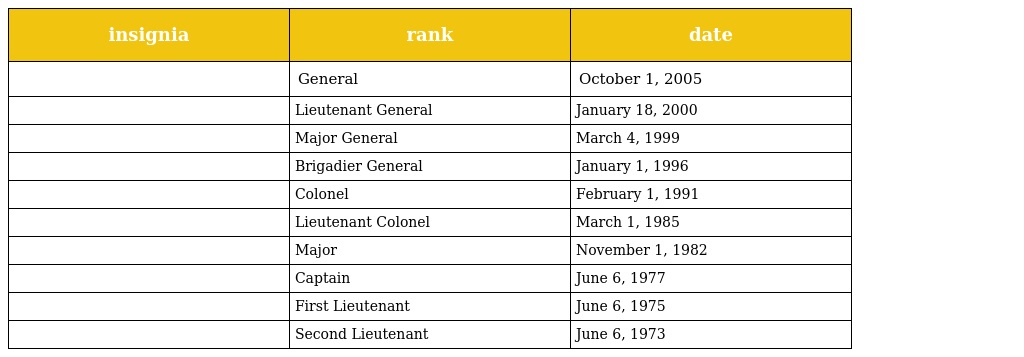
| insignia | rank | date |
 | --- | --- | --- |
 |  | General | October 1, 2005 |
 |  | Lieutenant General | January 18, 2000 |
 |  | Major General | March 4, 1999 |
 |  | Brigadier General | January 1, 1996 |
 |  | Colonel | February 1, 1991 |
 |  | Lieutenant Colonel | March 1, 1985 |
 |  | Major | November 1, 1982 |
 |  | Captain | June 6, 1977 |
 |  | First Lieutenant | June 6, 1975 |
 |  | Second Lieutenant | June 6, 1973 |